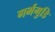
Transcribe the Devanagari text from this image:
गर्भगुडि